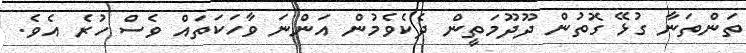
ތަންތަނާ ގުޅޭ ގޮތުން ދޫދޫމަތީން ދެކެވެމުން އަންނަ ވާހަކަތައް ވެސް ހުރެ އެވެ.